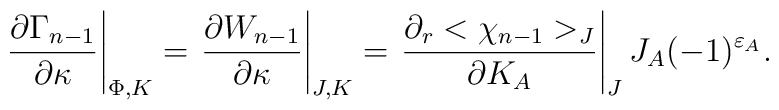
\left. {\partial\Gamma_{n-1}\over \partial \kappa}\right|_{\Phi,K}=\left. {\partial W_{n-1}\over \partial \kappa}\right|_{J,K}=\left. {\partial_r <\chi_{n-1}>_J\over \partial K_A}\right|_JJ_A(-1)^{\varepsilon_A}.